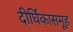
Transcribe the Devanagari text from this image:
दीर्घिकासमूह